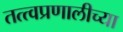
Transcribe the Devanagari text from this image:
तत्त्वप्रणालीच्या